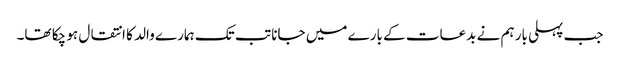
جب پہلی بار ہم نے بدعات کے بارے میں جانا تب تک ہمارے والد کا انتقال ہو چکا تھا۔